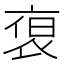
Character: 𮕻